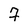
Character: 7